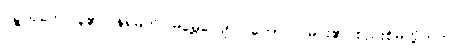
ဥဍ္ဍယှတေ၊ ပူ၏။ နရမတိ၊ မမွေ့လျော်။ ဘောဂါ၊ မင်း၏ စည်းစိမ်တို့သည်။